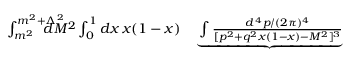
\begin{array} { r l r } { \int _ { m ^ { 2 } } ^ { m ^ { 2 } + \Lambda ^ { 2 } } \! \! \! \! \! \! \! \! \! \! d M ^ { 2 } \int _ { 0 } ^ { 1 } d x \, x ( 1 - x ) } & { { } } & { \! \! \! \! \! \underbrace { \int { \frac { d ^ { \, 4 } p / ( 2 \pi ) ^ { 4 } } { [ p ^ { 2 } + q ^ { 2 } x ( 1 - x ) - M ^ { 2 } ] ^ { 3 } } } } } \end{array}